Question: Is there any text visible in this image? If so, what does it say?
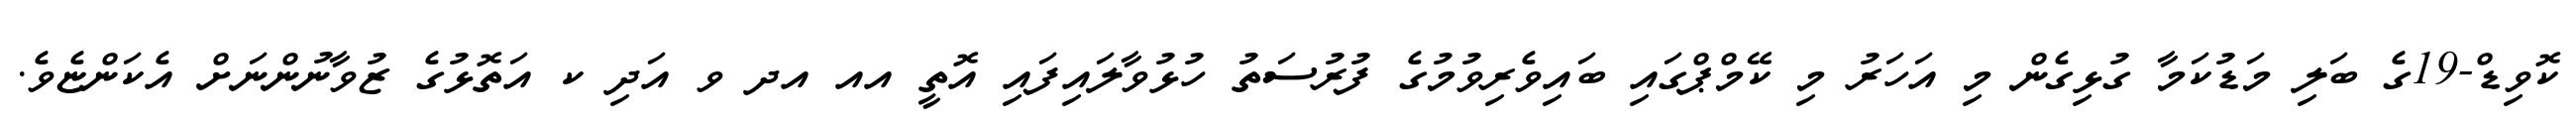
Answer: ކޮވިޑް-19ގެ ބަލި މަޑުކަމާ ގުޅިގެން މި އަހަރު މި ކޭމްޕްގައި ބައިވެރިވުމުގެ ފުރުސަތު ހުޅުވާލައިފައި އޮތީ އއ އދ ވ އަދި ކ އަތޮޅުގެ ޒުވާނުންނަށް އެކަންޏެވެ.